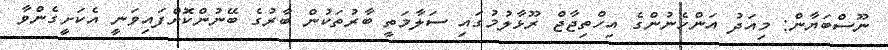
ނޫސްބަޔާން: މިއަދު އަންހެނުންގެ އިހްތިޖާޖް ރޫޅާލުމުގައި ސަލާމަތީ ބާރުތަކުން ބާރުގެ ބޭނުންކޮށްފައިވަނީ އެކަށީގެންވާ